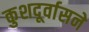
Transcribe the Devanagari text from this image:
कुशदूर्वासने